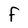
Character: F